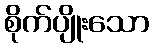
စိုက်ပျိုးသော